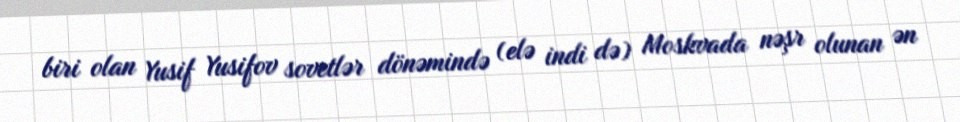
biri olan Yusif Yusifov sovetlər dönəmində (elə indi də) Moskvada nəşr olunan ən